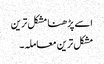
اسے پڑھنا مشکل ترین
مشکل ترین معاملہ۔